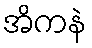
အိကနဲ